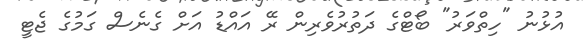
އުޅުނު "ހިތްވަރު" ބޯޓްގެ ދަތުރުވެރިން ރޭ އައްޑު އަށް ގެނެސް ގަމުގެ ޖެޓީ